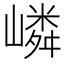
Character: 嶙